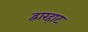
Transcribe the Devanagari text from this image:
द्वारहाट